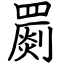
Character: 罽